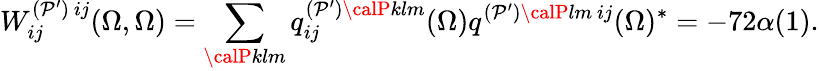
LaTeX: W_{ij}^{(\mathcal{P}^{\prime})\ ij}(\Omega,\Omega)=\sum_{{\calP}klm}q_{ij}^{(\mathcal{P}^{\prime}){\calP}klm}(\Omega)q^{(\mathcal{P}^{\prime}){\calP}lm\ ij}(\Omega)^{*}=-72\alpha(1).